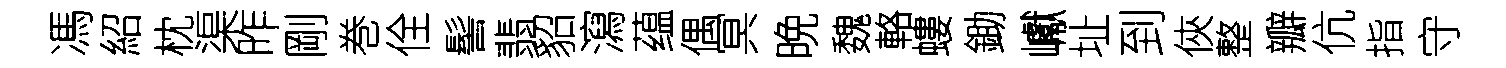
馮紹枕渠昨剛巻佺髻翡貂瀉蕴偶冥晩魏輅螻鋤巘址到俠整瓣伉指守